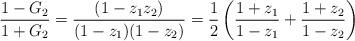
LaTeX: \begin{align*}\frac{1-G_2}{1+G_2} = \frac{(1-z_1z_2)}{(1-z_1)(1-z_2)} = \frac{1}{2}\left(\frac{1+z_1}{1-z_1} + \frac{1+z_2}{1-z_2}\right)\end{align*}